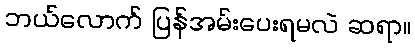
ဘယ်လောက် ပြန်အမ်းပေးရမလဲ ဆရာ။